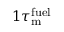
1 \tau _ { \mathrm { m } } ^ { \mathrm { f u e l } }